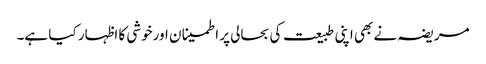
مریضہ نے بھی اپنی طبیعت کی بحالی پر اطمینا ن اورخوشی کا اظہار کیا ہے۔